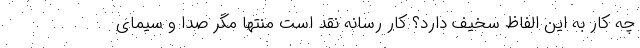
چه کار به این الفاظ سخیف دارد؟ کار رسانه نقد است منتها مگر صدا و سیمای